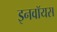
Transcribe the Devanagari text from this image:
इनवॉयस